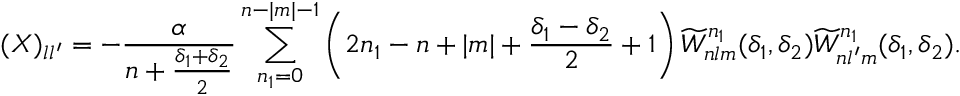
( X ) _ { l l ^ { \prime } } = - \frac { \alpha } { n + \frac { \delta _ { 1 } + \delta _ { 2 } } { 2 } } \sum _ { n _ { 1 } = 0 } ^ { n - | m | - 1 } \left( 2 n _ { 1 } - n + | m | + \frac { \delta _ { 1 } - \delta _ { 2 } } { 2 } + 1 \right) \widetilde W _ { n l m } ^ { n _ { 1 } } ( \delta _ { 1 } , \delta _ { 2 } ) \widetilde W _ { n l ^ { \prime } m } ^ { n _ { 1 } } ( \delta _ { 1 } , \delta _ { 2 } ) .